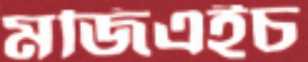
মজিএইচ